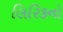
લિરિકનો